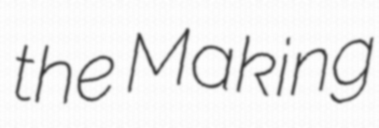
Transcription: the Making